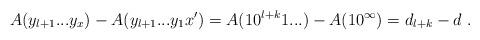
LaTeX: \begin{align*}A(y_{l+1}...y_x) - A(y_{l+1}...y_1x') = A(10^{l+k}1...) - A(1 0 ^\infty) = d_{l+k} - d \ .\end{align*}